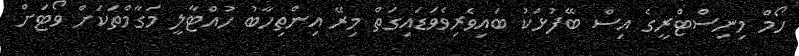
ހޯމް މިނިސްޓްރީގެ އިސް ބޭފުޅަކު ބައިވެރިވެވަޑައިގަތް މިރޭ އިންތިހާބު ހުއްޓާލީ މަގާމްތަކަށް ވޯޓަށް